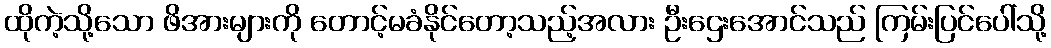
ထိုကဲ့သို့သော ဖိအားများကို တောင့်မခံနိုင်တော့သည့်အလား ဦးဌေးအောင်သည် ကြမ်းပြင်ပေါ်သို့